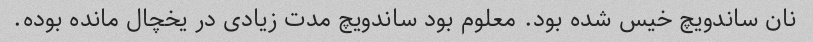
نان ساندویچ خیس شده بود. معلوم بود ساندویچ مدت زیادی در یخچال مانده بوده.